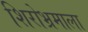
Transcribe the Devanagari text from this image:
शिरोभ्रमाला